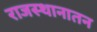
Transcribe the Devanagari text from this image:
राजस्थानातन